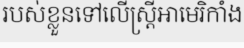
របស់ខ្លួនទៅលើស្ត្រីអាមេរិកាំង